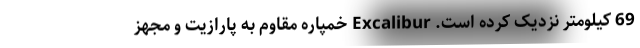
69 کیلومتر نزدیک کرده است. Excalibur خمپاره مقاوم به پارازیت و مجهز